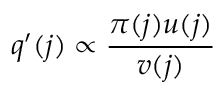
q ^ { \prime } ( j ) \propto \frac { \pi ( j ) u ( j ) } { v ( j ) }